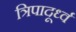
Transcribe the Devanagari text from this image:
त्रिपादूर्ध्व